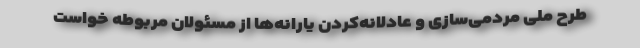
طرح ملی مردمی‌سازی‌ و عادلانه‌کردن یارانه‌ها از مسئولان مربوطه خواست